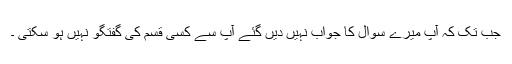
جب تک کہ آپ میرے سوال کا جواب نہیں دیں گئے آپ سے کسی قسم کی گفتگو نہیں ہو سکتی ۔